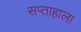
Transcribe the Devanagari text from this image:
सप्‍ताहाला